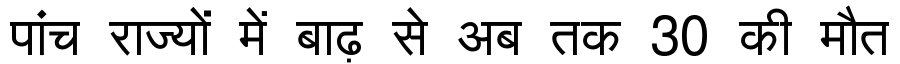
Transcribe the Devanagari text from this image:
पांच राज्यों में बाढ़ से अब तक 30 की मौत